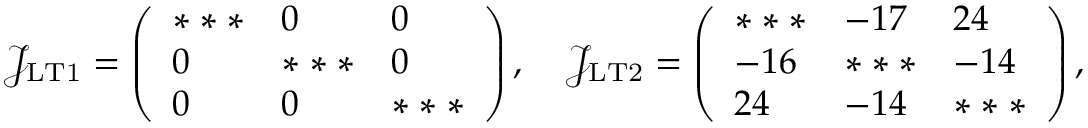
\mathcal { J _ { \mathrm { L T 1 } } } = \left( \begin{array} { l l l } { * * * } & { 0 } & { 0 } \\ { 0 } & { * * * } & { 0 } \\ { 0 } & { 0 } & { * * * } \end{array} \right) , \quad \mathcal { J _ { \mathrm { L T 2 } } } = \left( \begin{array} { l l l } { * * * } & { - 1 7 } & { 2 4 } \\ { - 1 6 } & { * * * } & { - 1 4 } \\ { 2 4 } & { - 1 4 } & { * * * } \end{array} \right) ,